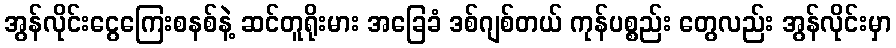
အွန်လိုင်းငွေကြေးစနစ်နဲ့ ဆင်တူရိုးမား အခြေခံ ဒစ်ဂျစ်တယ် ကုန်ပစ္စည်း တွေလည်း အွန်လိုင်းမှာ